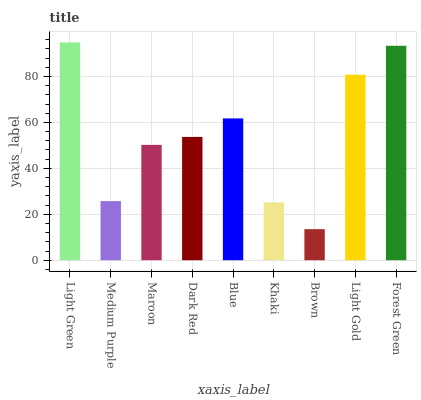
| xaxis_label | bars |
 | --- | --- |
 | Light Green | 94.8 |
 | Medium Purple | 25.7 |
 | Maroon | 50.2 |
 | Dark Red | 53.7 |
 | Blue | 61.7 |
 | Khaki | 25.2 |
 | Brown | 13.5 |
 | Light Gold | 80.8 |
 | Forest Green | 93.3 |